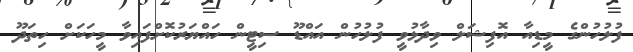
ފުލުހުންގެ މީޑިއާ އޮފިޝަލް ވިދާޅުވީ ފުލުހުން އައްޑޫ ސިޓީން ހައްޔަރުކޮށްފައިވާ މީހަކަށް ހިތަދޫ